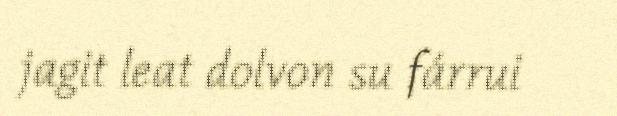
jagit leat dolvon su fárrui